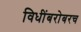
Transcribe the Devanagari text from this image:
विधींबरोबरच